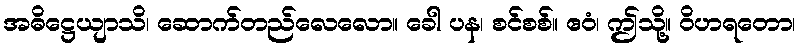
အဓိဋ္ဌေယျာသိ၊ ဆောက်တည်လေလော။ ခေါ ပန၊ စင်စစ်။ ဧဝံ၊ ဤသို့။ ဝိဟရတော၊